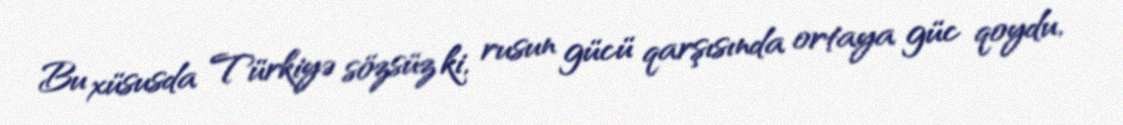
Bu xüsusda Türkiyə sözsüz ki, rusun gücü qarşısında ortaya güc qoydu,